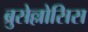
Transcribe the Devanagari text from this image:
ब्रुसेल्लोसिस